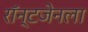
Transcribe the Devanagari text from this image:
रॉन्टजेनला